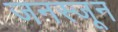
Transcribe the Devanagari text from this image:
जनस्जून